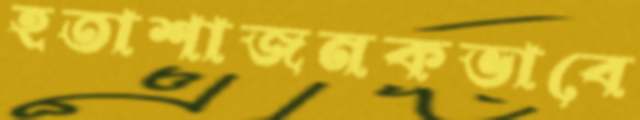
হতাশাজনকভাবে